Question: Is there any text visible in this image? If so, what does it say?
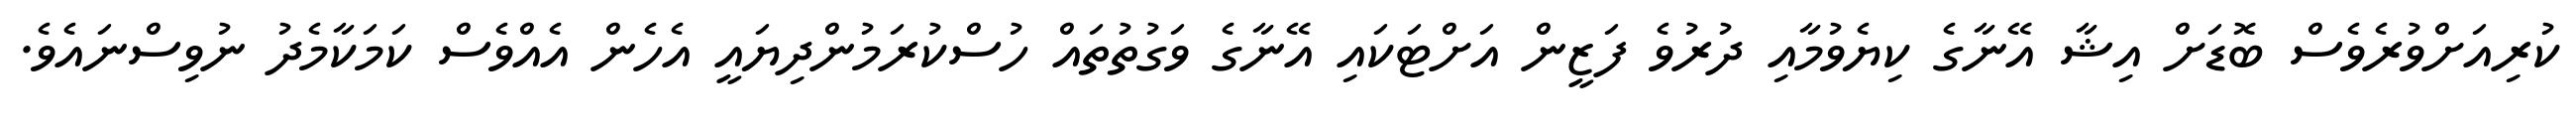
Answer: ކުރިއަށްވުރެވެސް ބޮޑަށް އިޝާ އޭނާގެ ކިޔެވުމާއި ދުރުވެ ފަޒީން އަށްޓަކައި އޭނާގެ ވަގުތުތައް ހުސްކުރަމުންދިޔައީ އެހެން އެއްވެސް ކަމަކާމެދު ނުވިސްނައެވެ.